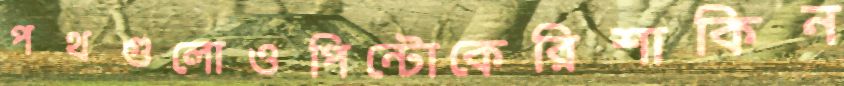
পথগুলোওপিন্টোকেরিশাকিন